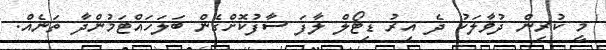
މީ ކުރިން ދުވާލަކު ދެ އިރު ޑިޓޯލް ލާފަ ސާފުކޮށްގެން ބަލަހައްޓަމުންދާ ތަނެއް.